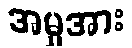
အမှုအား